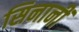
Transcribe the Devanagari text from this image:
सिनानीं